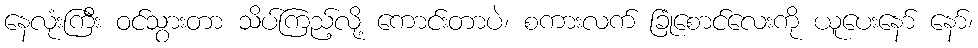
နေလုံးကြီး ဝင်သွားတာ သိပ်ကြည့်လို့ ကောင်းတာပဲ၊ စကားလက် ခြုံစောင်လေးကို ယူပေးနော် နော်၊